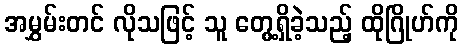
အမွှမ်းတင် လိုသဖြင့် သူ တွေ့ရှိခဲ့သည့် ထိုဂြိုဟ်ကို